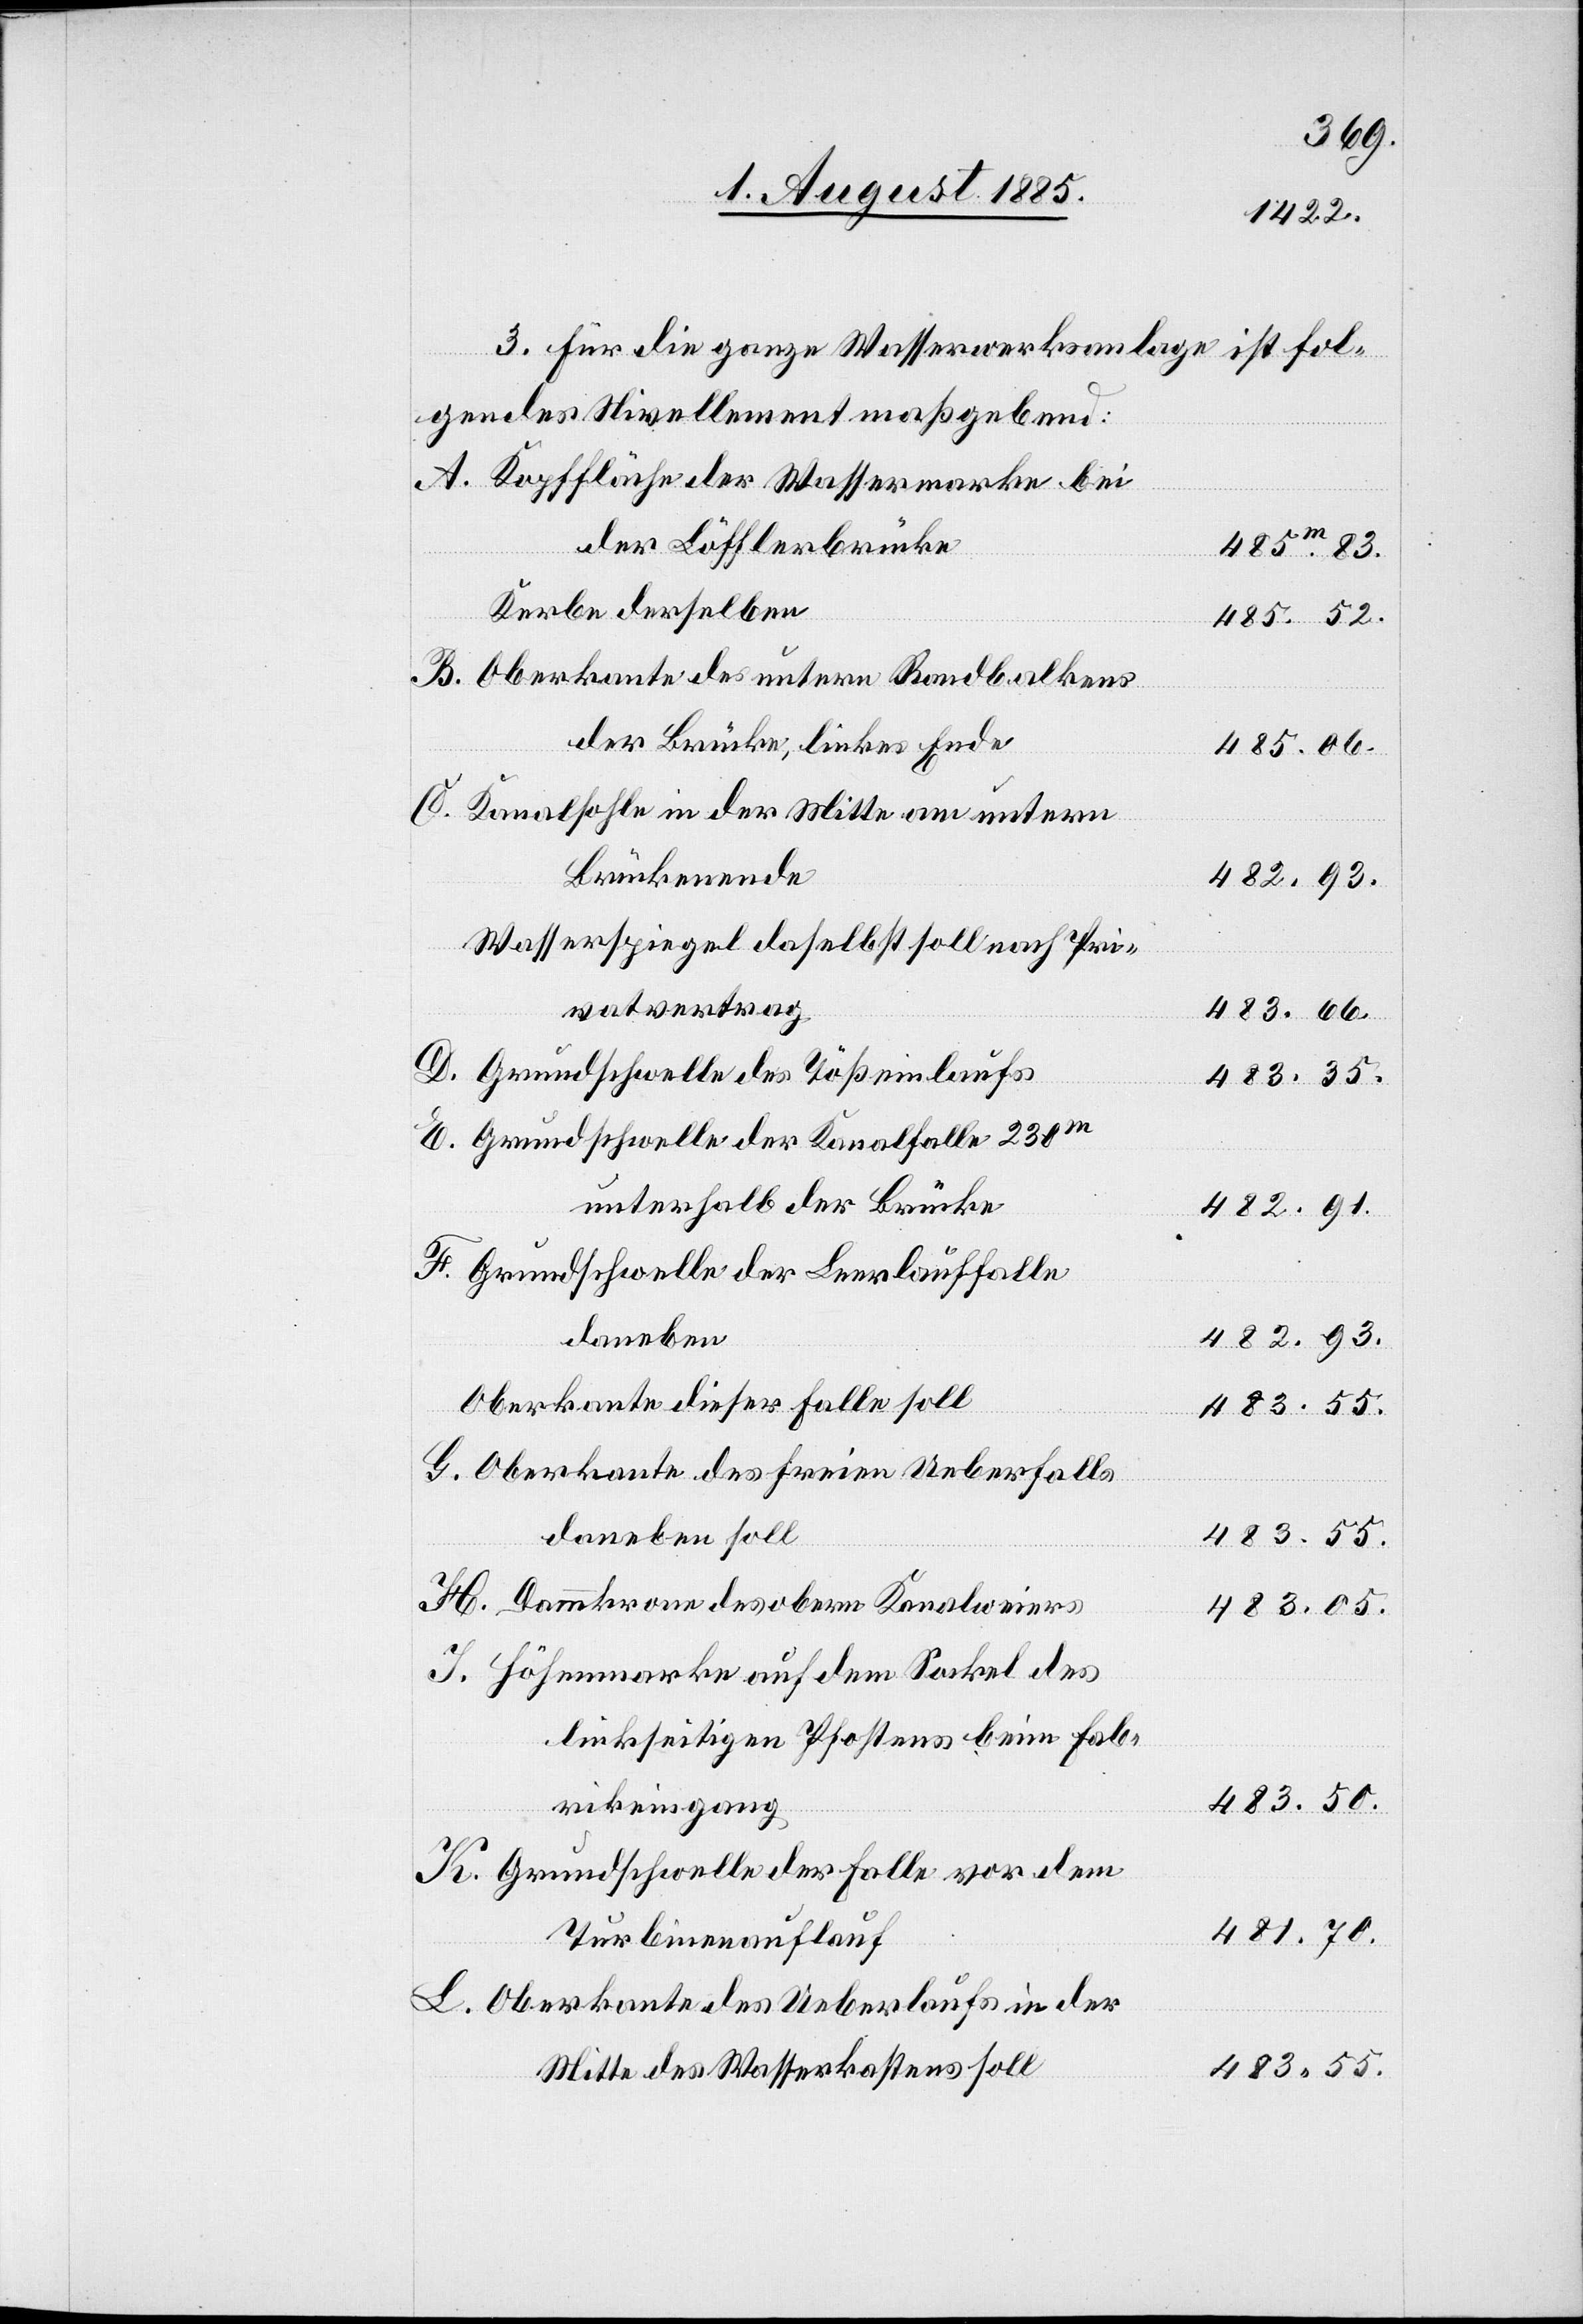
3. Für die ganze Wasserwerksanlage ist fol¬
gendes Nivellement maßgebend:
Kopffläche der Wassermarke bei
der Löfflerbrücke
485m83.
Kerbe derselben
485.52.
Oberkante des untern Randbalkens
der Brücke, linkes Ende
485.06.
Kanalsohle in der Mitte am untern
Brückenende
482.93.
Wasserspiegel daselbst soll nach Pri¬
vatvertrag
483.66.
Grundschwelle der Kanalfalle 230m
unterhalb der Brücke
482.91.
daneben
482.93.
Oberkante dieser Falle soll
483.55.
Oberkante des freien Ueberfalls
daneben soll
483.55.
Dammkrone des obern Kanalweiers
483.05.
Höhenmarke auf dem Sockel des
linkseitigen Pfostens beim Fab¬
483.50.
rikeingang
Grundschwelle der Falle vor dem
481.70.
Turbinenauflauf
Oberkante des Ueberlaufs in der
483.55.
Mitte des Wasserkastens soll